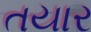
તયાર